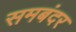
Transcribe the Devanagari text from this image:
समबंदर